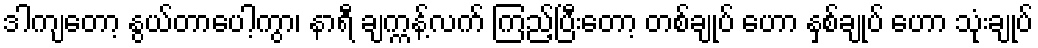
ဒါကျတော့ နွယ်တာပေါ့ကွာ၊ နာရီ ချက္ကန့်လက် ကြည့်ပြီးတော့ တစ်ချုပ် ဟော နှစ်ချုပ် ဟော သုံးချုပ်